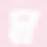
ম